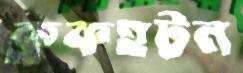
ব্রুকহটন